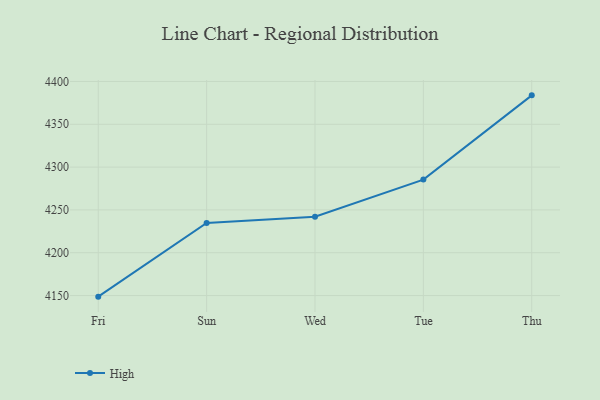
{"axis": {"x": "Day", "y": "Revenue (USD Million)"}, "legend": ["High"], "data": [{"x": "Fri", "y": 4148.7, "type": "High"}, {"x": "Sun", "y": 4234.8, "type": "High"}, {"x": "Wed", "y": 4242.1, "type": "High"}, {"x": "Tue", "y": 4285.4, "type": "High"}, {"x": "Thu", "y": 4383.8, "type": "High"}]}